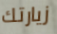
زيارتك